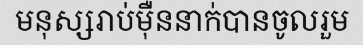
មនុស្សរាប់ម៉ឺននាក់បានចូលរួម